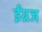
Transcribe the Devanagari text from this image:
ईंग्रज